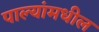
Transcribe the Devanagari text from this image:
पाल्यांमधील